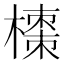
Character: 𭫼